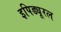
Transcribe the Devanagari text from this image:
इपिड्यूरल